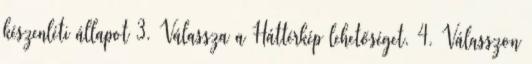
készenléti állapot 3. Válassza a Háttérkép lehetőséget. 4. Válasszon